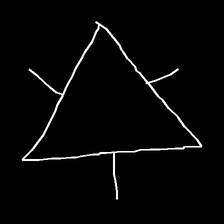
Glyph: fire